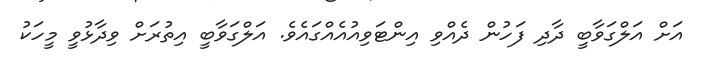
އަށް އަލްގަވާބީ ދާދި ފަހުން ދެއްވި އިންޓަވިއުއެއްގައެވެ. އަލްގަވާބީ އިތުރަށް ވިދާޅުވީ މީހަކު